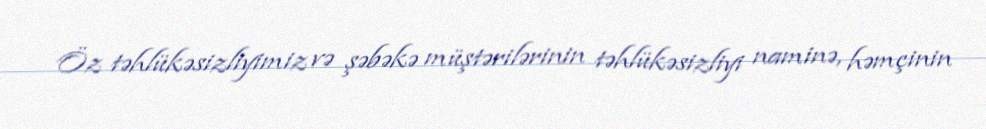
Öz təhlükəsizliyimiz və şəbəkə müştərilərinin təhlükəsizliyi naminə, həmçinin